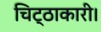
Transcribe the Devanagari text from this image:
चिट्ठाकारी।